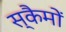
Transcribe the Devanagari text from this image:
स्कैमों